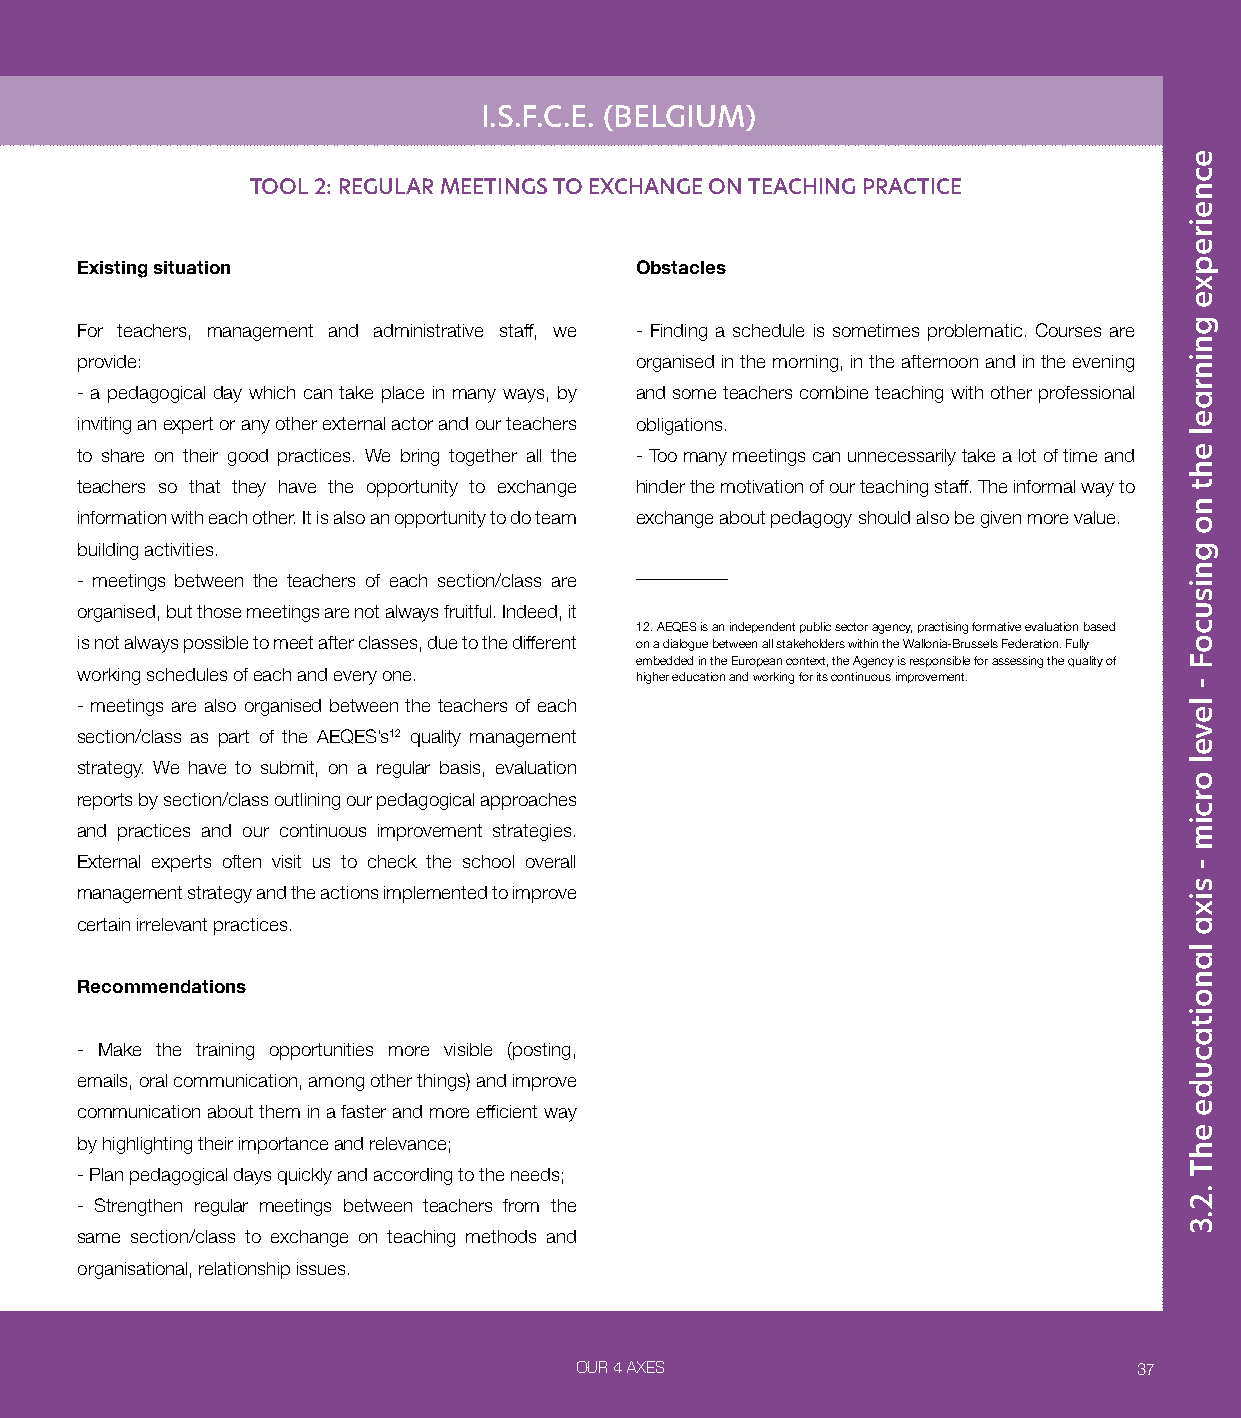
I.S.F.C.E. (BELGIUM)
 TOOL 2: REGULAR MEETINGS TO EXCHANGE ON TEACHING PRACTICE
 Existing situation                   Obstacles
 For teachers, management and administrative staff, we - Finding a schedule is sometimes problematic. Courses are
 provide:                             organised in the morning, in the afternoon and in the evening
 - a pedagogical day which can take place in many ways, by and some teachers combine teaching with other professional
 inviting an expert or any other external actor and our teachers obligations.
 to share on their good practices. We bring together all the - Too many meetings can unnecessarily take a lot of time and
 teachers so that they have the opportunity to exchange hinder the motivation of our teaching staff. The informal way to
 information with each other. It is also an opportunity to do team exchange about pedagogy should also be given more value.
 building activities.
 - meetings between the teachers of each section/class are
 organised, but those meetings are not always fruitful. Indeed, it
 12. AEQES is an independent public sector agency, practising formative evaluation based
 is not always possible to meet after classes, due to the different on a dialogue between all stakeholders within the Wallonia-Brussels Federation. Fully
 embedded in the European context, the Agency is responsible for assessing the quality of
 working schedules of each and every one. higher education and working for its continuous improvement.
 - meetings are also organised between the teachers of each
 section/class as part of the AEQES’s12 quality management
 strategy. We have to submit, on a regular basis, evaluation
 reports by section/class outlining our pedagogical approaches
 and practices and our continuous improvement strategies.
 External experts often visit us to check the school overall
 management strategy and the actions implemented to improve
 certain irrelevant practices.
 Recommendations
 - Make the training opportunities more visible (posting,
 emails, oral communication, among other things) and improve
 communication about them in a faster and more efficient way
 by highlighting their importance and relevance;
 - Plan pedagogical days quickly and according to the needs;
 - Strengthen regular meetings between teachers from the
 same section/class to exchange on teaching methods and
 organisational, relationship issues.
 OUR 4 AXES                           37
 ecneirepxe
 gninrael
 eht
 no
 gnisucoF
 -
 level
 orcim
 -
 sixa
 lanoitacude
 ehT
 .2.3